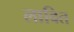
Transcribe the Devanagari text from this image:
लावित